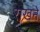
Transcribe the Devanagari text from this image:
राखने